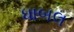
ધાબલ